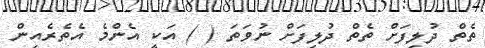
ތެތް ދުލިފަށް ތެތް ދުލިފަށް ނުވަތަ ( ) އަކީ އެންމެ އެތެރެއިން